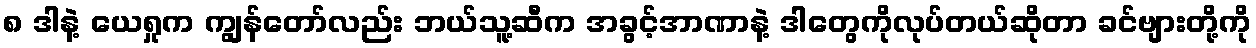
၈ ဒါနဲ့ ယေရှုက ကျွန်တော်လည်း ဘယ်သူ့ဆီက အခွင့်အာဏာနဲ့ ဒါတွေကိုလုပ်တယ်ဆိုတာ ခင်ဗျားတို့ကို